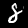
Label: 8